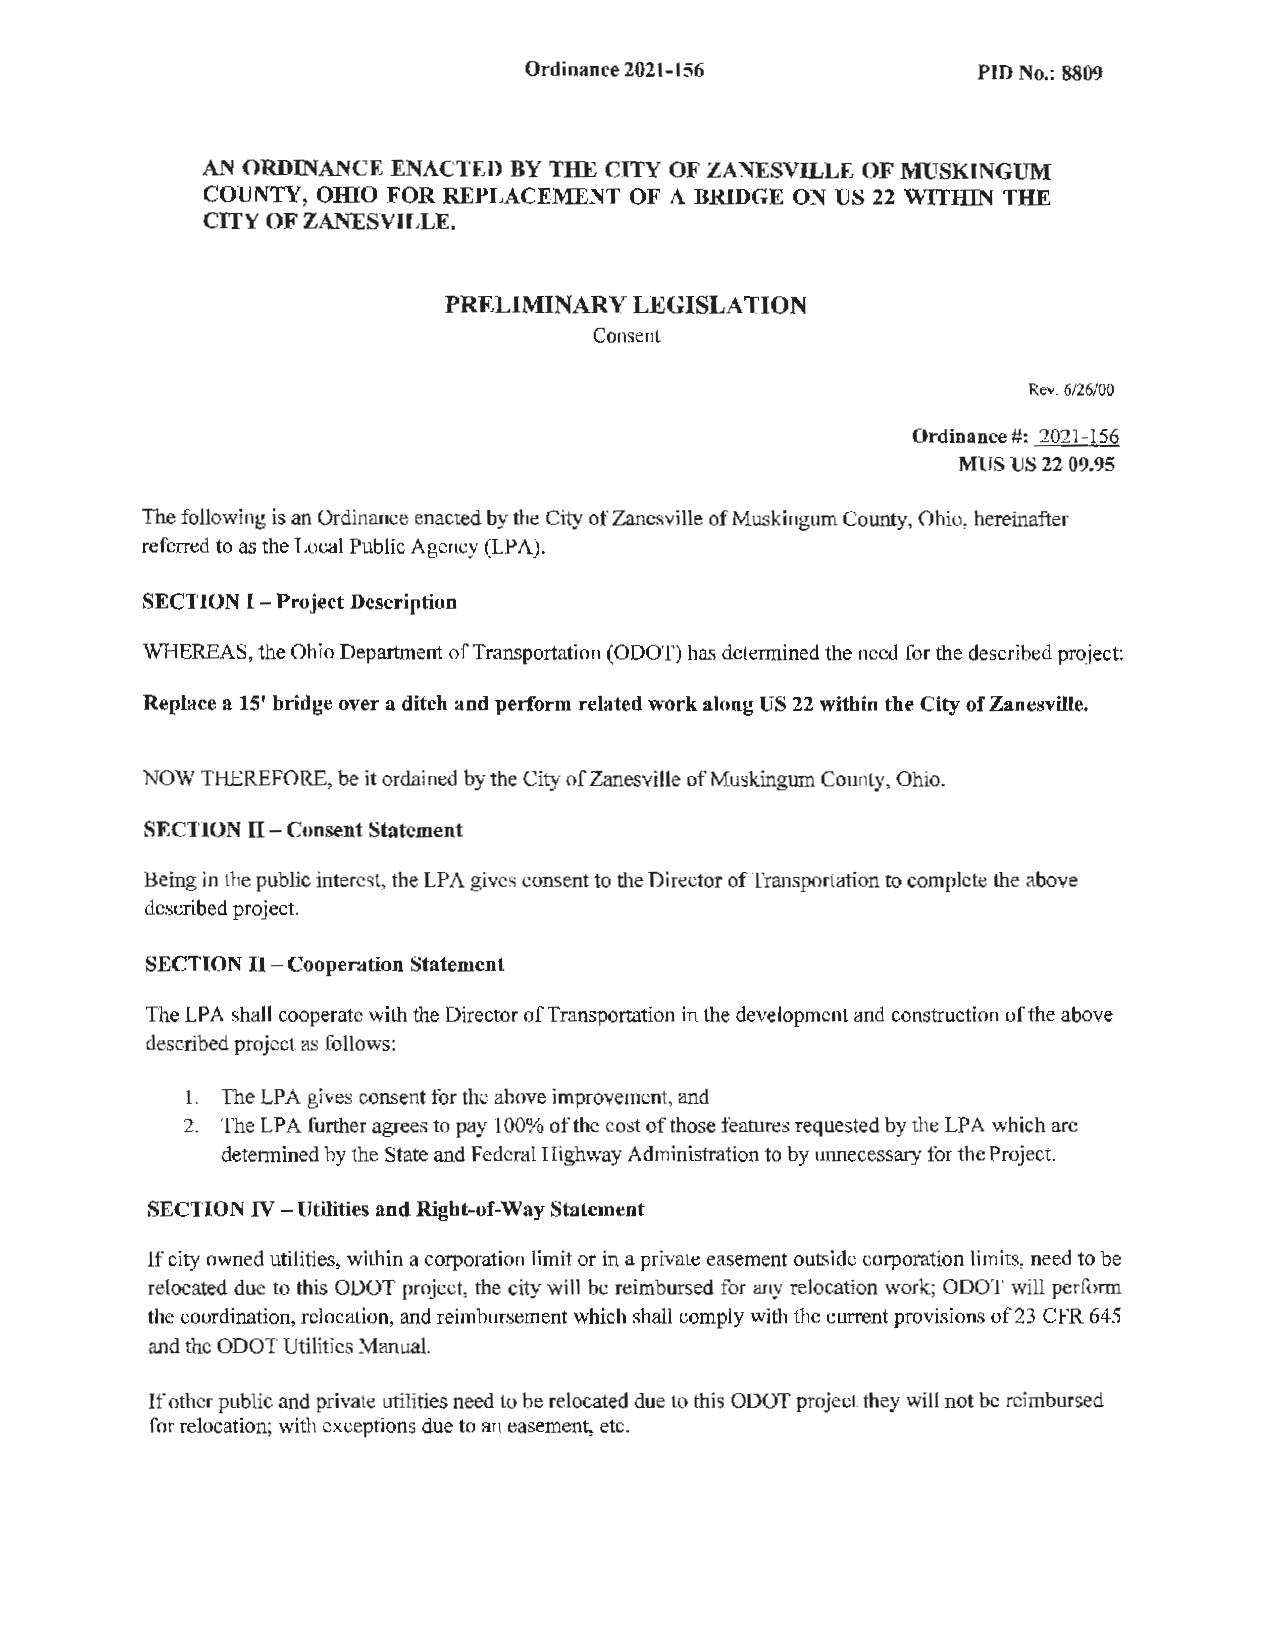
Ordinance 2021-156            PID No.: 8809
 AN ORDINANCE ENACTED BY THE CITY OF ZANESVILLE OF MUSKINGUM
 omo                               us
 COUNTY,      FOR REPLACEMENT OF A BRIDGE ON  22 WITHIN THE
 CITY OF ZANESVILLE.
 PRELIMINARY  LEGISLATION
 Consent
 Rev. 6/26/00
 Ordinance#: 2021-156
 MUS US 22 09.95
 The following is an Ordinance enacted by the City of Zanesville of Muskingum County, Ohio, hereinafter
 referred to as the Local Public Agency (LPA).
 SECTION I-Project Description
 WHEREAS, the Ohio Department of Transportation (ODOT) has determined the need for the described project:
 Replace a 15' bridge over a ditch and perform related work along US 22 within the City of Zanesville.
 NOW THEREFORE, be it ordained by the City of Zanesville of Muskingum County, Ohio.
 SECTION II - Consent Statement
 Being in the public interest, the LPA gives consent to the Director of Transportation to complete the above
 described project.
 SECTION II - Cooperation Statement
 The LPA shall cooperate with the Director of Transportation in the development and construction of the above
 described project as follows:
 l. The LPA gives consent for the above improvement, and
 2. The LPA further agrees to pay 100% of the cost of those features requested by the LPA which are
 determined by the State and Federal Highway Administration to by unnecessary for the Project.
 SECTION IV - Utilities and Right-of-Way Statement
 If city owned utilities, within a corporation limit or in a private easement outside corporation limits, need to be
 relocated due to this ODOT project, the city will be reimbursed for any relocation work; ODOT will perform
 the coordination, relocation, and reimbursement which shall comply with the current provisions of23 CFR 645
 and the ODOT Utilities Manual.
 If other public and private utilities need to be relocated due to this ODOT project they will not be reimbursed
 for relocation; with exceptions due to an easement, etc.